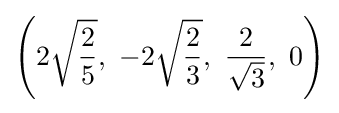
\left(2{\sqrt {\frac {2}{5}}},\ -2{\sqrt {\frac {2}{3}}},\ {\frac {2}{\sqrt {3}}},\ 0\right)